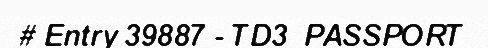
# Entry 39887 - TD3_PASSPORT